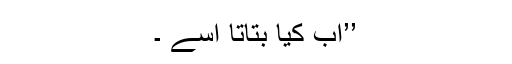
’’اب کیا بتاتا اسے ۔